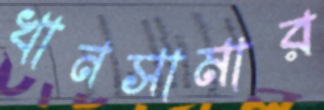
খানসামার